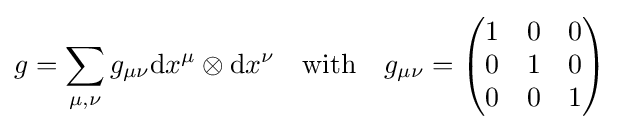
g=\sum \limits _{\mu ,\nu }g_{\mu \nu }\mathrm {d} x^{\mu }\otimes \mathrm {d} x^{\nu }\quad {\text{with}}\quad g_{\mu \nu }={\begin{pmatrix}1&0&0\\0&1&0\\0&0&1\end{pmatrix}}